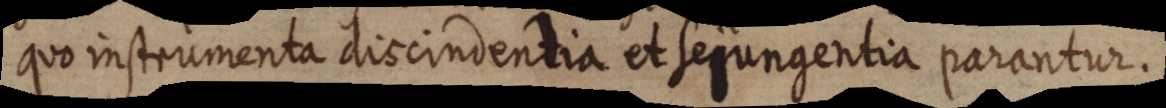
quo instrumenta discindentia et sejungentia parantur.